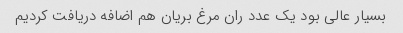
بسیار عالی بود یک عدد ران مرغ بریان هم اضافه دریافت کردیم